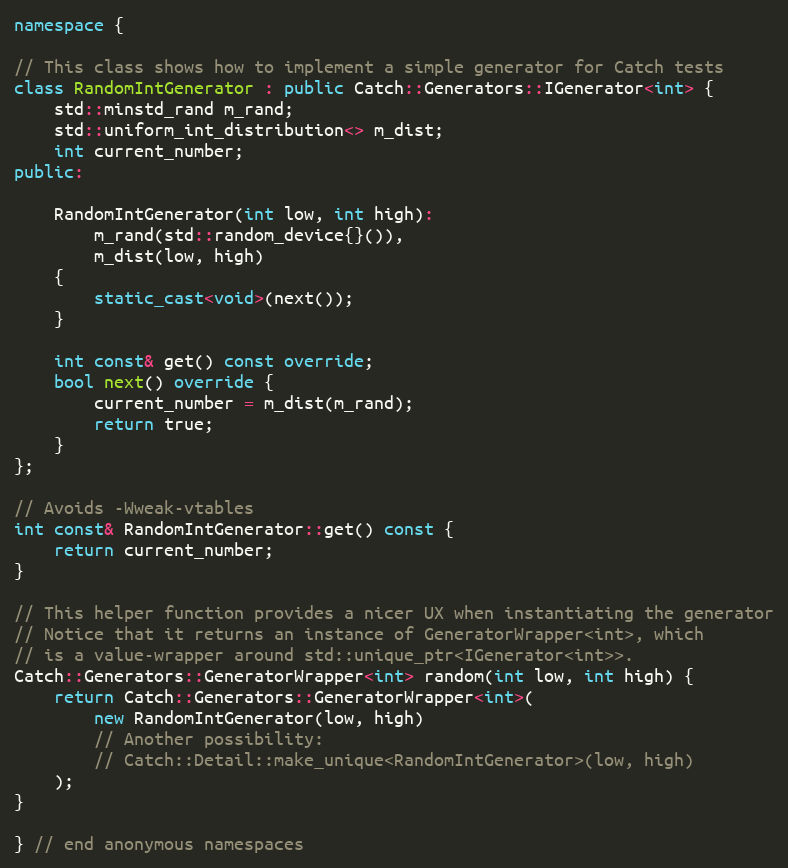
Language: C++
namespace {

// This class shows how to implement a simple generator for Catch tests
class RandomIntGenerator : public Catch::Generators::IGenerator<int> {
    std::minstd_rand m_rand;
    std::uniform_int_distribution<> m_dist;
    int current_number;
public:

    RandomIntGenerator(int low, int high):
        m_rand(std::random_device{}()),
        m_dist(low, high)
    {
        static_cast<void>(next());
    }

    int const& get() const override;
    bool next() override {
        current_number = m_dist(m_rand);
        return true;
    }
};

// Avoids -Wweak-vtables
int const& RandomIntGenerator::get() const {
    return current_number;
}

// This helper function provides a nicer UX when instantiating the generator
// Notice that it returns an instance of GeneratorWrapper<int>, which
// is a value-wrapper around std::unique_ptr<IGenerator<int>>.
Catch::Generators::GeneratorWrapper<int> random(int low, int high) {
    return Catch::Generators::GeneratorWrapper<int>(
        new RandomIntGenerator(low, high)
        // Another possibility:
        // Catch::Detail::make_unique<RandomIntGenerator>(low, high)
    );
}

} // end anonymous namespaces